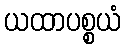
ယထာပစ္စယံ